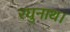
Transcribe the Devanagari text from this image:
रघुनाथ।